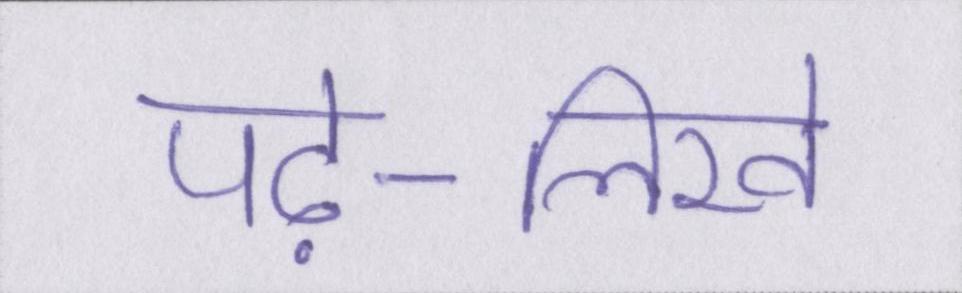
पढ़े-लिखे